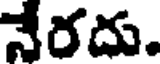
నేరదు.